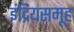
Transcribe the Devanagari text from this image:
इंद्रियसमूह